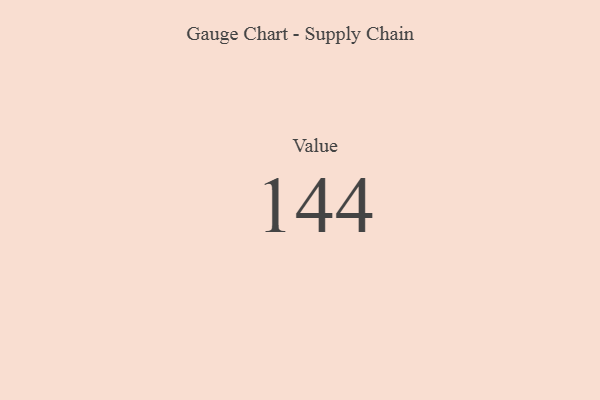
{"axis": {"x": "Metric", "y": "Value"}, "legend": [""], "data": [{"x": "Value", "y": 144, "type": ""}]}